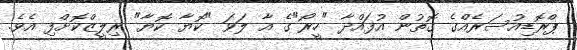
ޕްރޮޑިއުސަރެއްގެ ގޮތުން އުފައްދާ "ހީރޯ"ގެ އާ ލަވަ "ކޮޔާ ކޮޔާ" ރިލީޒްކޮށްފި އެވެ.